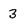
Character: 3